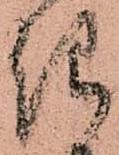
き